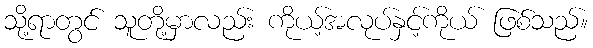
သို့ရာတွင် သူတို့မှာလည်း ကိုယ့်အလုပ်နှင့်ကိုယ် ဖြစ်သည်။